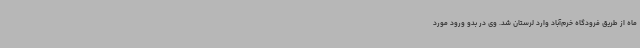
ماه از طریق فرودگاه خرم‌آباد وارد لرستان شد. وی در بدو ورود مورد